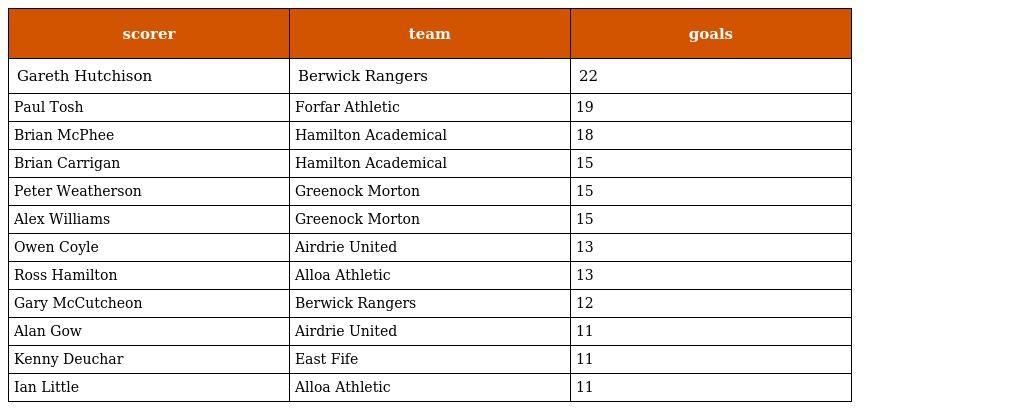
| scorer | team | goals |
 | --- | --- | --- |
 | Gareth Hutchison | Berwick Rangers | 22 |
 | Paul Tosh | Forfar Athletic | 19 |
 | Brian McPhee | Hamilton Academical | 18 |
 | Brian Carrigan | Hamilton Academical | 15 |
 | Peter Weatherson | Greenock Morton | 15 |
 | Alex Williams | Greenock Morton | 15 |
 | Owen Coyle | Airdrie United | 13 |
 | Ross Hamilton | Alloa Athletic | 13 |
 | Gary McCutcheon | Berwick Rangers | 12 |
 | Alan Gow | Airdrie United | 11 |
 | Kenny Deuchar | East Fife | 11 |
 | Ian Little | Alloa Athletic | 11 |